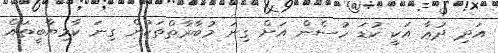
އަދި ދުޢާ އަކީ ކުޑަ ހުސެން އަށް ގިނަ މުބާރާތްތަކުން ގިނަ ކާމިޔާބީތައް